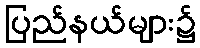
ပြည်နယ်များ၌